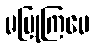
မပြုကြပေ